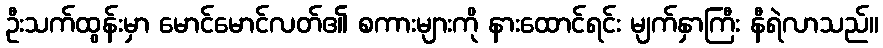
ဦးသက်ထွန်းမှာ မောင်မောင်လတ်၏ စကားများကို နားထောင်ရင်း မျက်နှာကြီး နီရဲလာသည်။